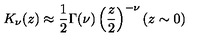
K _ { \nu } ( z ) \approx \frac { 1 } { 2 } \Gamma ( \nu ) \left( \frac { z } { 2 } \right) ^ { - \nu } ( z \sim 0 )